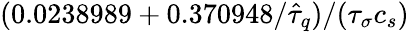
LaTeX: (0.0238989+0.370948/\hat{\tau}_{q})/({\tau}_{\sigma}c_{s})